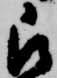
被